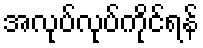
အလုပ်လုပ်ကိုင်ရန်